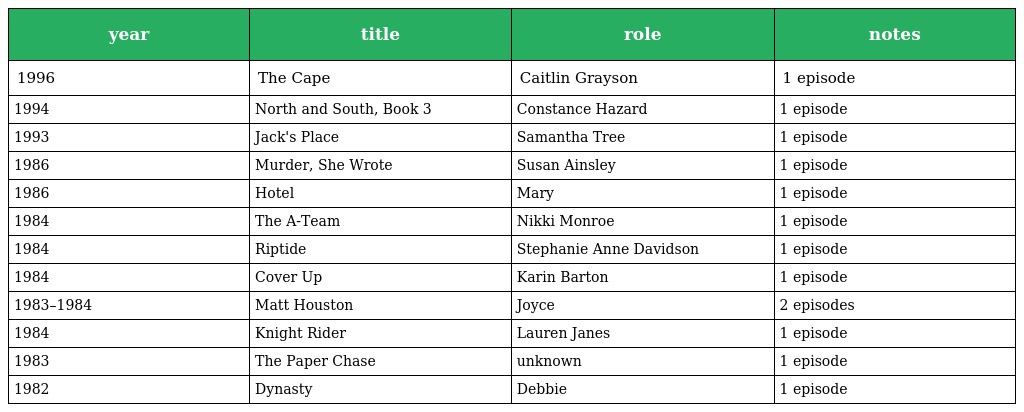
| year | title | role | notes |
 | --- | --- | --- | --- |
 | 1996 | The Cape | Caitlin Grayson | 1 episode |
 | 1994 | North and South, Book 3 | Constance Hazard | 1 episode |
 | 1993 | Jack's Place | Samantha Tree | 1 episode |
 | 1986 | Murder, She Wrote | Susan Ainsley | 1 episode |
 | 1986 | Hotel | Mary | 1 episode |
 | 1984 | The A-Team | Nikki Monroe | 1 episode |
 | 1984 | Riptide | Stephanie Anne Davidson | 1 episode |
 | 1984 | Cover Up | Karin Barton | 1 episode |
 | 1983–1984 | Matt Houston | Joyce | 2 episodes |
 | 1984 | Knight Rider | Lauren Janes | 1 episode |
 | 1983 | The Paper Chase | unknown | 1 episode |
 | 1982 | Dynasty | Debbie | 1 episode |